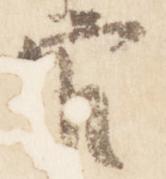
官